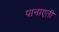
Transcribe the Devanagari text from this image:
पानाएती